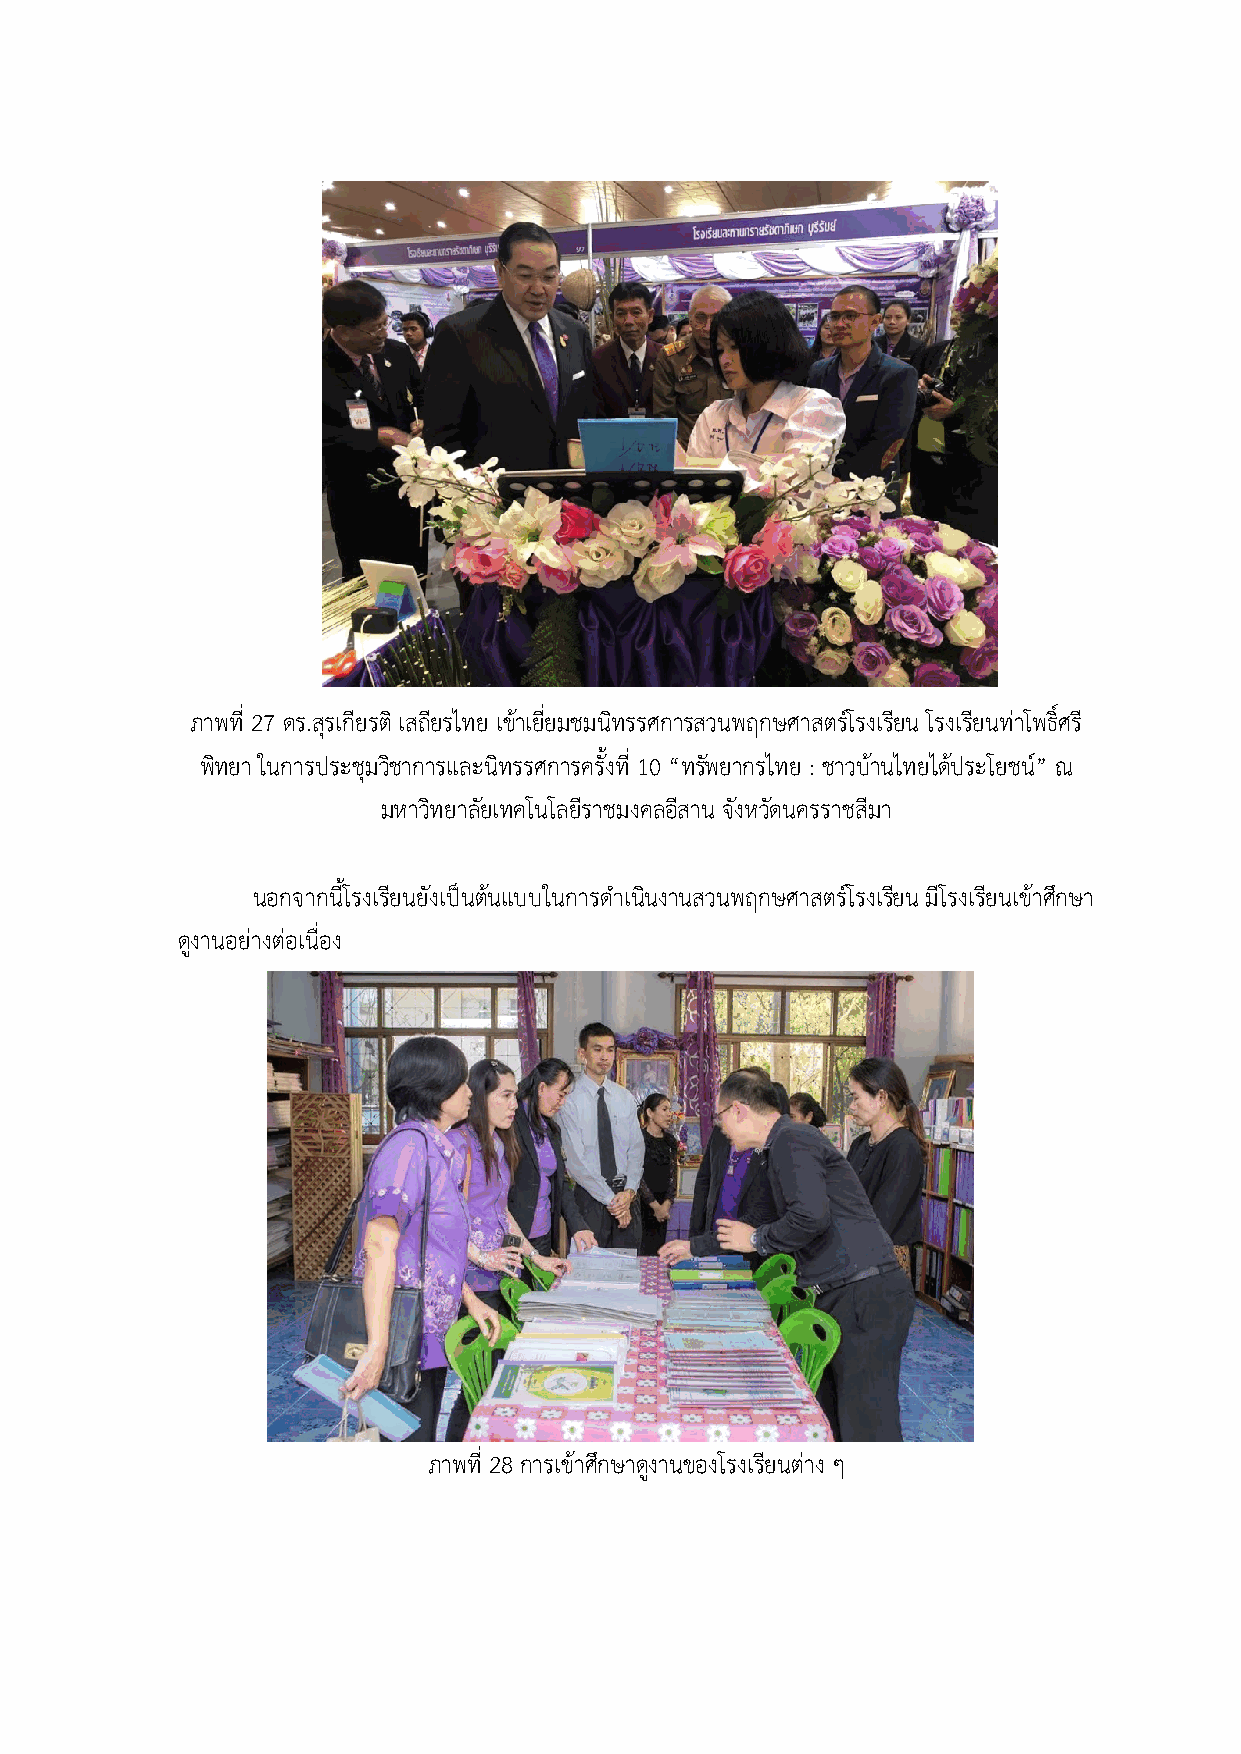
ภาพที่ 27 ดร.สรุ เกียรติ เสถียรไทย เขEาเยี่ยมชมนิทรรศการสวนพฤกษศาสตรHโรงเรียน โรงเรียนท?าโพธิ์ศรี
 พิทยา ในการประชุมวิชาการและนิทรรศการครั้งที่ 10 “ทรพั ยากรไทย : ชาวบEานไทยไดEประโยชนH” ณ
 มหาวิทยาลัยเทคโนโลยรี าชมงคลอีสาน จงั หวัดนครราชสีมา
 นอกจากนี้โรงเรียนยังเปVนตEนแบบในการดำเนินงานสวนพฤกษศาสตรHโรงเรยี น มีโรงเรียนเขEาศึกษา
 ดูงานอย?างต?อเนื่อง
 ภาพที่ 28 การเขEาศึกษาดูงานของโรงเรียนต?าง ๆ